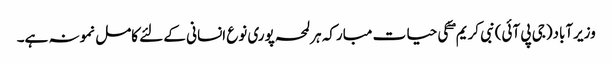
وزیرآباد(جی پی آئی)نبی کریم ۖ کی حیا ت مبارکہ ہرلمحہ پوری نوع انسانی کے لئے کامل نمونہ ہے۔